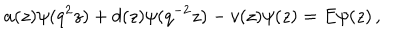
a ( z ) \psi ( q ^ { 2 } z ) + d ( z ) \psi ( q ^ { - 2 } z ) - v ( z ) \psi ( z ) = E \psi ( z ) \, ,